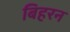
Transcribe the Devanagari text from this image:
बिहरन